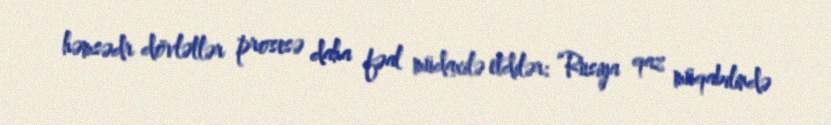
həmsədr dövlətlər prosesə daha fəal müdaxilə etdilər: “Rusiya qaz müqabilində